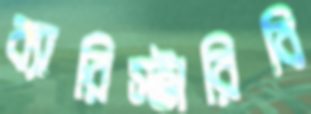
ব্যারিস্টারিবি